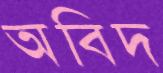
অবিদ